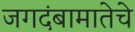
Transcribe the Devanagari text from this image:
जगदंबामातेचे